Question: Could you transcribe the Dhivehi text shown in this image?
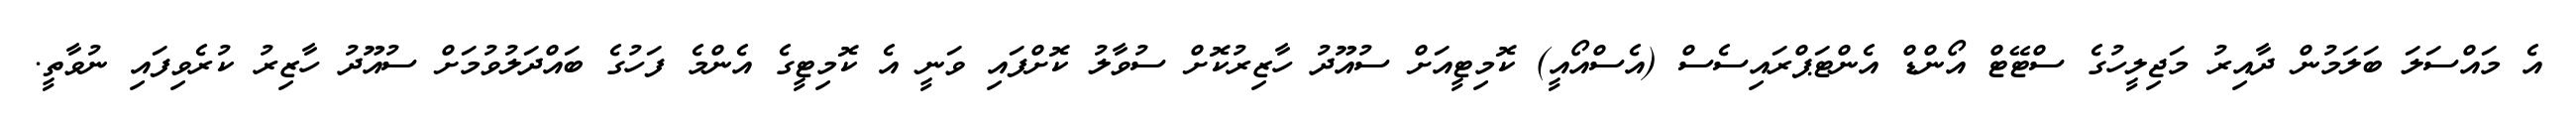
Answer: އެ މައްސަލަ ބަލަމުން ދާއިރު މަޖިލީހުގެ ސްޓޭޓް އޯންޑް އެންޓަޕްރައިސެސް (އެސްއޯއީ) ކޮމިޓީއަށް ސުއޫދު ހާޒިރުކޮށް ސުވާލު ކޮށްފައި ވަނީ އެ ކޮމިޓީގެ އެންމެ ފަހުގެ ބައްދަލުވުމަށް ސުއޫދު ހާޒިރު ކުރެވިފައި ނުވާތީ.